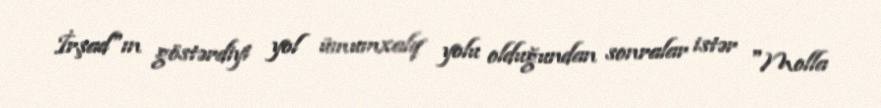
İrşad"ın göstərdiyi yol ümumxalq yolu olduğundan sonralar istər "Molla